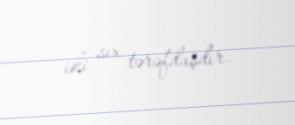
iki sıx tərəfdaşdır.